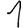
Digit: 1